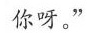
你呀。”